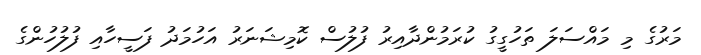
މަރުގެ މި މައްސަލަ ތަހުގީގު ކުރަމުންދާއިރު ފުލުސް ކޮމިޝަނަރު އަހުމަދު ފަސީހާއި ފުލުހުންގެ